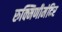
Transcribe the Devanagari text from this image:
रुक्मिणीमंदिर